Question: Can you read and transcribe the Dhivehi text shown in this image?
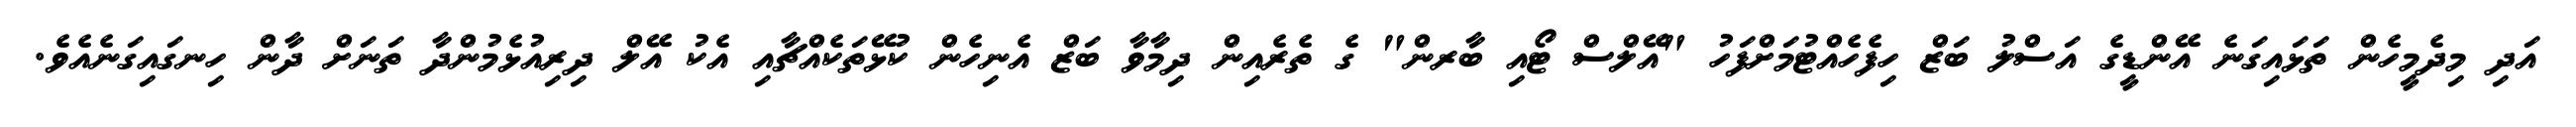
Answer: އަދި މިދެމީހެން ތަޅައިގަނެ އޭންޑީގެ އަސްލު ބަޒް ހިފެހެއްޓުމަށްފަހު "އޭލްސް ޓޯއި ބާރން" ގެ ތެރެއިން ދިމާވާ ބަޒް އެނިހެން ކުޅޭތަކެއްޗާއި އެކު އޭލް ދިރިއުޅެމުންދާ ތަނަށް ދާން ހިނގައިގަނެއެވެ.